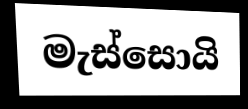
මැස්සොයි